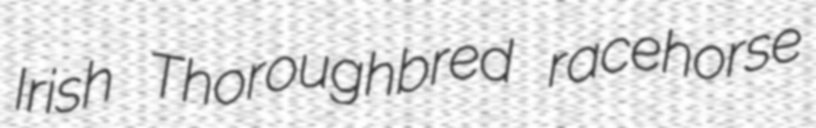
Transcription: Irish Thoroughbred racehorse